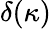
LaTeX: \displaystyle\delta(\kappa)